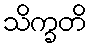
သိက္ခတိ